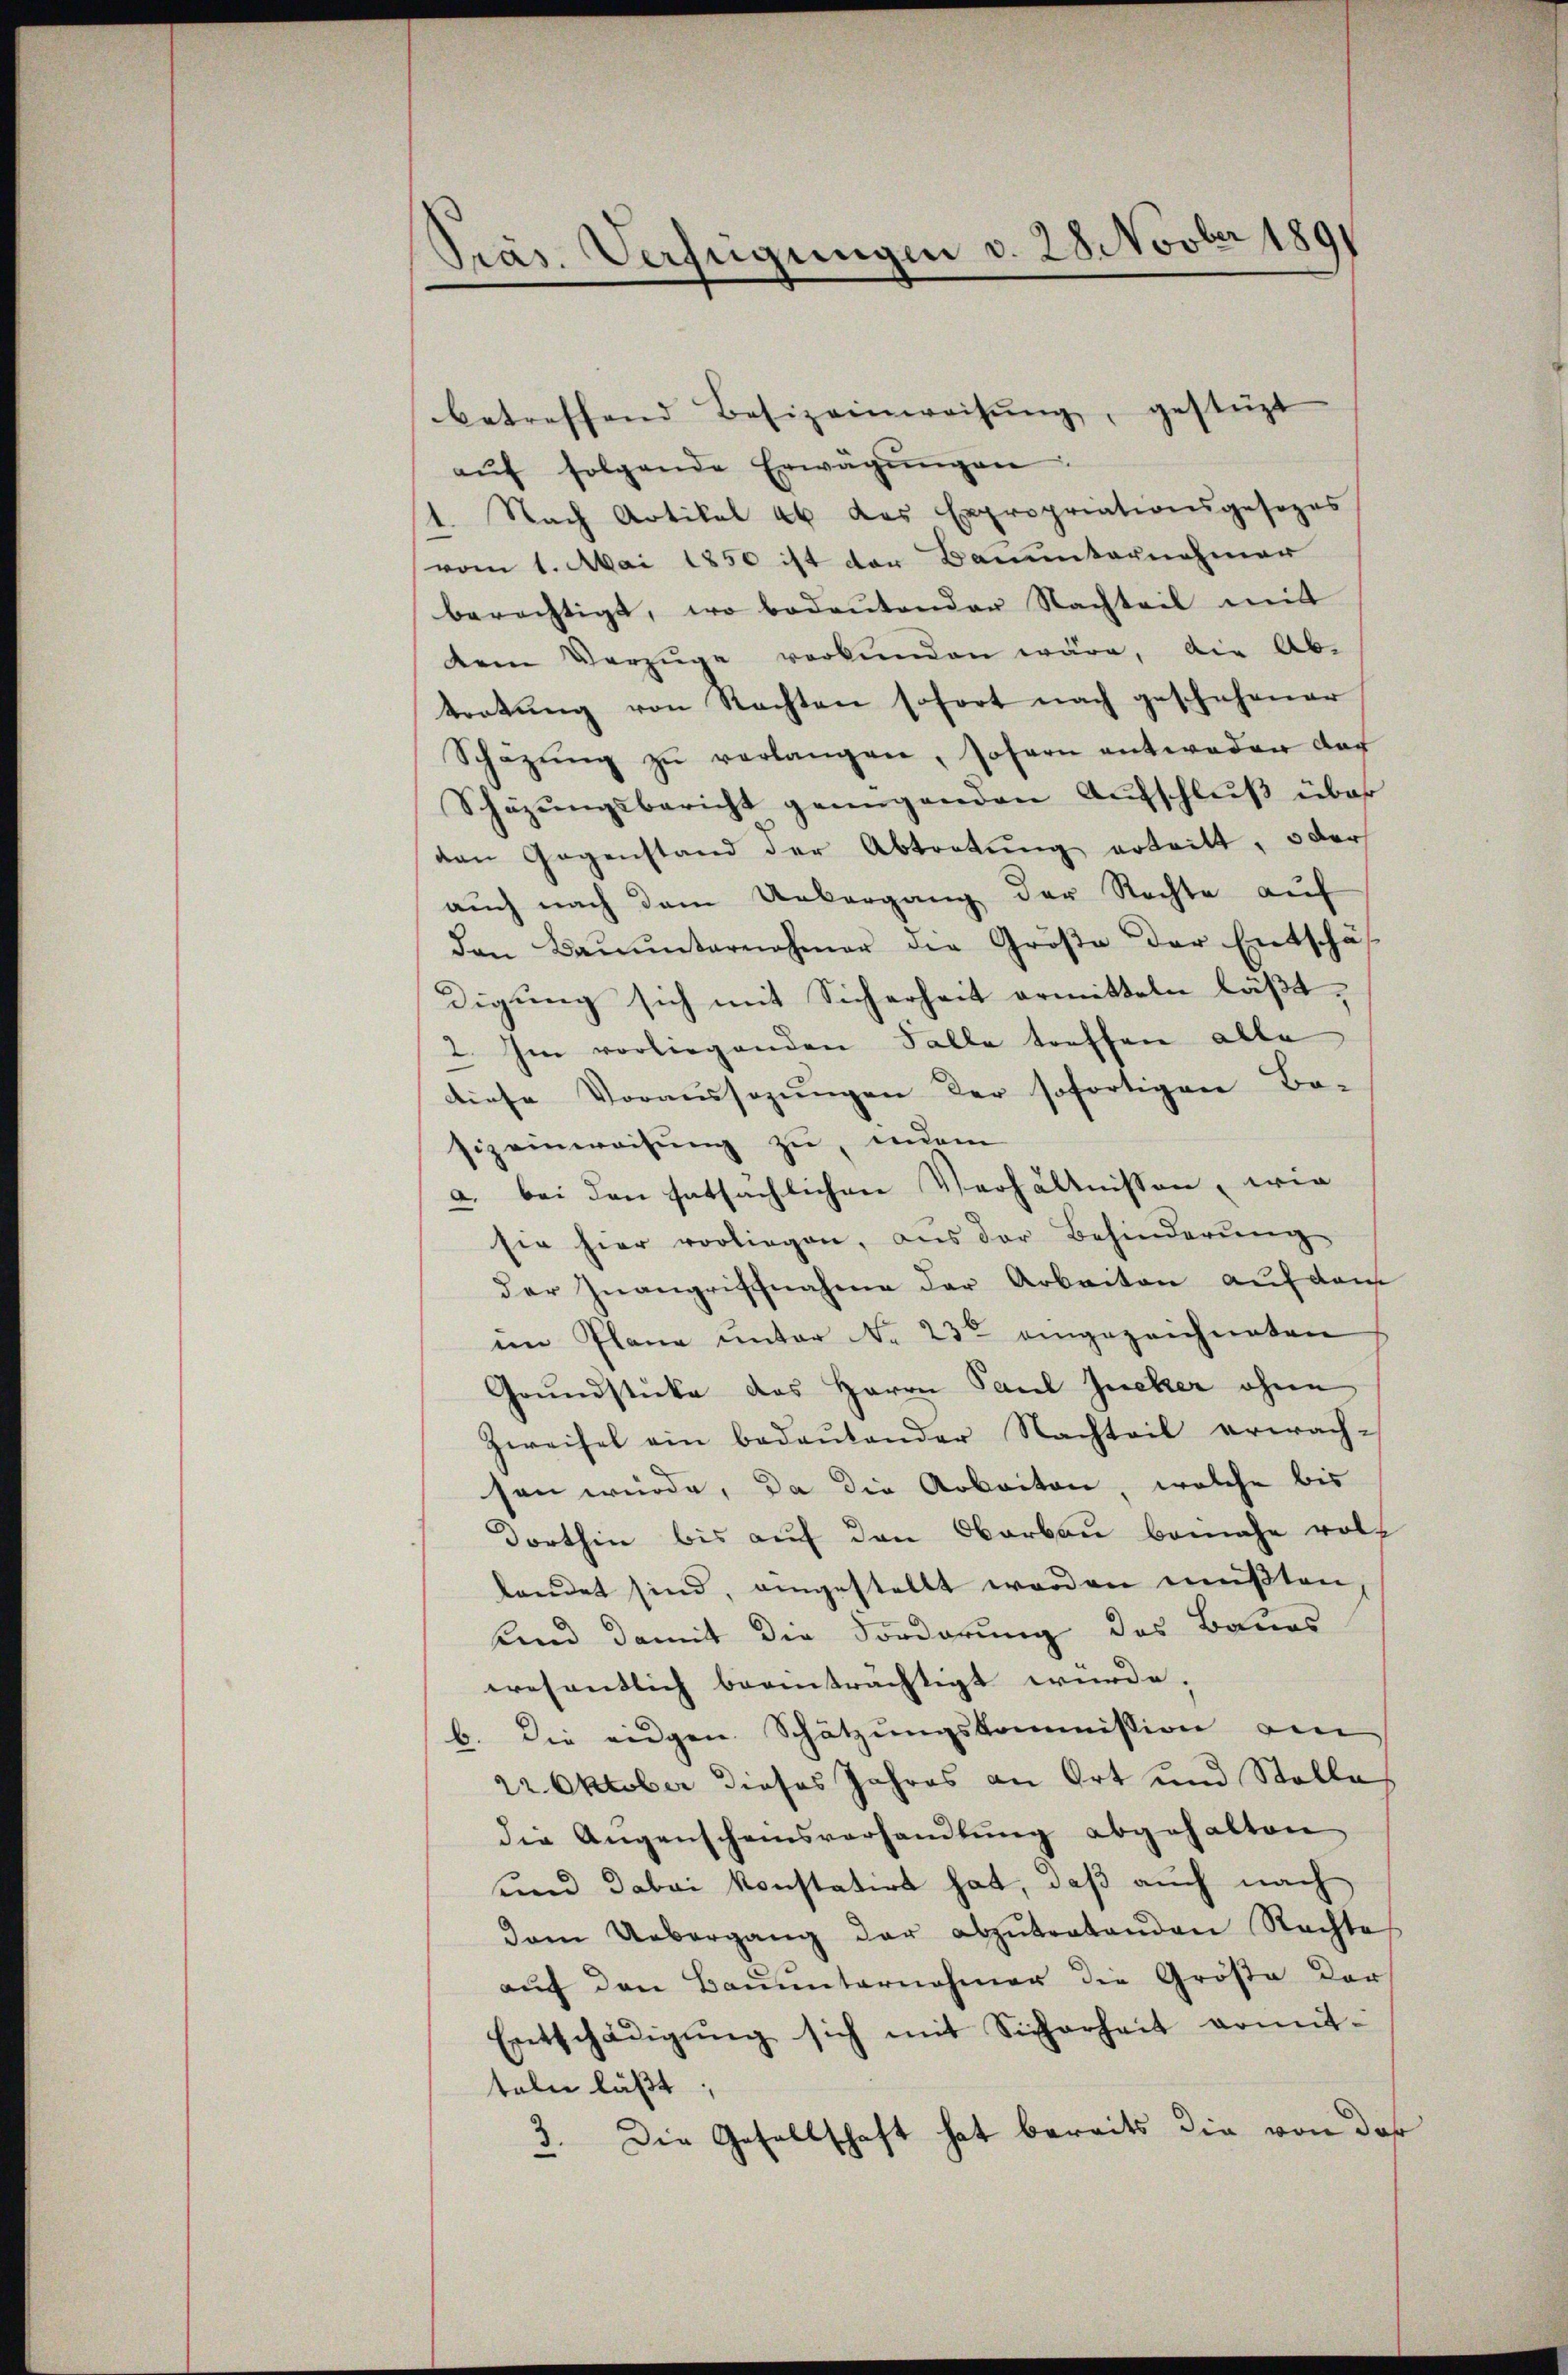
Präs. Verfügungen v. 28. Novber 1891

betreffend Besizeinweisŭng, gestüzt
aŭf folgende Erwägŭngen
1. Nach Artikal 46 das Expropriationsgesezes
vom 1. Mai 1850 ist der Bauunternehmer
berechtigt, wo bedeutender Nachteil mit
dem Vorzüge verbŭnden wäre, die Ab-
tratŭng von Rechten sofort nach geschehener
Schazŭng zŭ verlangen, sofern antweder das
Schüzungsbericht genügenden Aufschluß über
den Gegenstand der Abtretŭng ertritt, oder
auch nach dem Uebergang der Rechte auf
den Baŭŭnternehmer die Größe der Entschä
digung sich mit Sicherheit ermitteln läßt,
2. Im vorliegenden Falle treffen alle
diese Voraussagungen der sofortigen Be-
sizeinweisung zu, indem
a. bei den hatsächlichen Verhältnissen, wie
sie hier vorliegen, aus der Behinderŭng
der Inangriffnahme der Arbeiten auf dem
im Plane unter No 23t eingezeichneten
Grundstücke das Herrn Paul Zucker ohne
Zweifel ein bedeŭtender Nachteil erwach-
sen würde, da die Arbeiten, welche bis
Dorthin bis auf den Oberbau bemahe voll
lendet sind, eingestellt werden müßten
Und damit die Forderung des Baues
wesentlich beeinträchtigt würde.
b. Die eidgen. Schätzungskommission am
22 Oktober dieses Jahres an Ort und Stelle
die Augenscheinsverhandlung abgehalten
und dabei konstatirt hat, daß auch nach
dam Uebergang der abzŭtratenden Rechtes
aŭf den Baŭŭnternehmer die Größe der
Entschädigŭng sich mit Sicherheit ermit-
teln läßt,
3. Die Gesellschaft hat bereits die von der